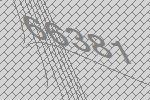
66381